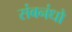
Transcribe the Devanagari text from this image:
संबनंधो